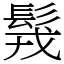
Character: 䯷